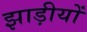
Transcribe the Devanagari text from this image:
झाड़ीयों